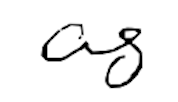
Text: as
Cross-out: clean
Writing tool: digital_black